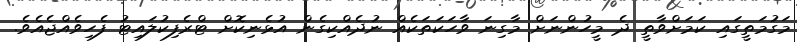
މަގުމަތީގައި ކަމަށްވާތީ ދެ މީހުންނަށް މާގިނަ ވާހަކަތަކެއް ނުދެއްކިގެން އުޅެނިކޮށް ޓްރެފިކުލައިޓު ފެހިވެއްޖެއެވެ.